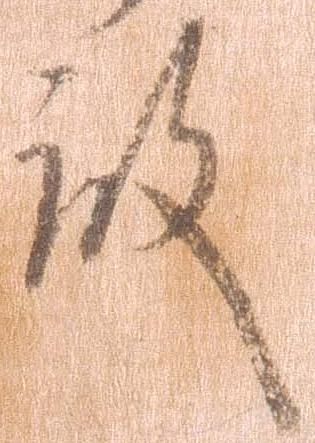
殿